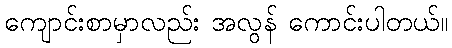
ကျောင်းစာမှာလည်း အလွန် ကောင်းပါတယ်။